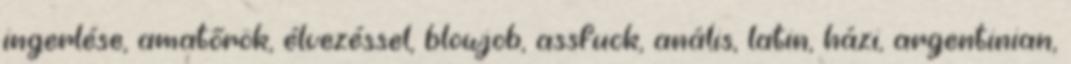
ingerlése, amatőrök, élvezéssel, blowjob, assfuck, anális, latin, házi, argentinian,